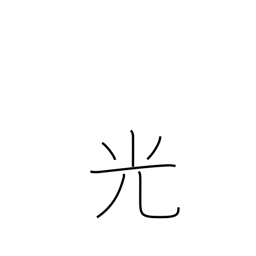
Meaning: light